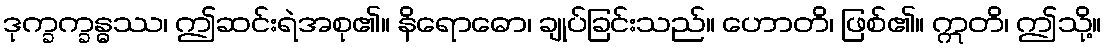
ဒုက္ခက္ခန္ဓဿ၊ ဤဆင်းရဲအစု၏။ နိရောဓော၊ ချုပ်ခြင်းသည်။ ဟောတိ၊ ဖြစ်၏။ ဣတိ၊ ဤသို့။